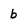
Character: b